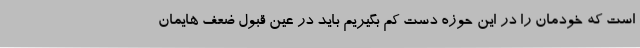
است که خودمان را در این حوزه دست کم بگیریم باید در عین قبول ضعف هایمان